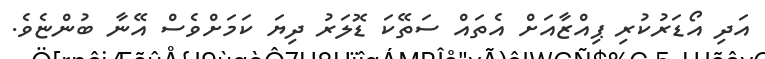
އަދި އޯޑަރުކުރި ޕިއްޒާއަށް އެތައް ސަތޭކަ ޑޮލަރު ދިޔަ ކަމަށްވެސް އޭނާ ބުންޏެވެ.